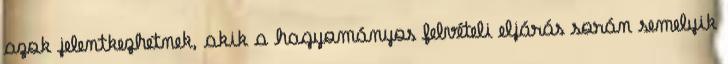
azok jelentkezhetnek, akik a hagyományos felvételi eljárás során semelyik